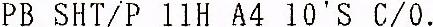
PB SHT/P 11H A4 10'S C/O.